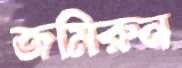
জমিরুন